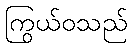
ကြွယ်ဝသည်